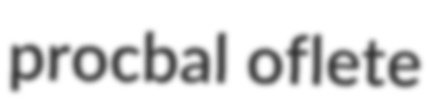
procbal oflete